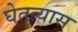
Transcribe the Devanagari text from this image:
घेतत्यास